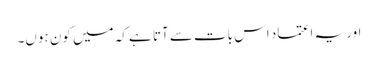
اور یہ اعتماد اس بات سے آتا ہے کہ میں کون ہوں۔